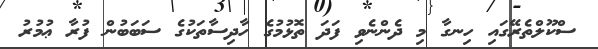
ސްކޫލްތެރޭގައި ހިނގާ މި ދެންނެވި ފަދަ ތޮޅުމުގެ ހާދިސާތަކުގެ ސަބަބުން ފުރާ ޢުމުރު